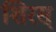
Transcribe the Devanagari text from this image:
शिरस्